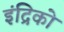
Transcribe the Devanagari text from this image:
इंद्रिको